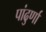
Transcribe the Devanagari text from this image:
पांढुर्णा